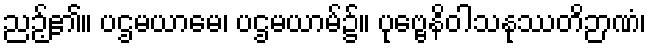
ညဉ့်၏။ ပဌမယာမေ၊ ပဌမယာမ်၌။ ပုဗ္ဗေနိဝါသနုဿတိဉာဏံ၊